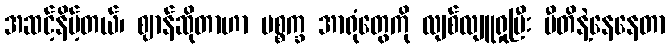
အဆင့်နိမ့်တယ်၊ ဈာန်ဆိုတာဟာ ပစ္စက္ခ အာရုံတွေကို လျစ်လျူရှုပြီး ပီတိနဲ့နေနေတာ